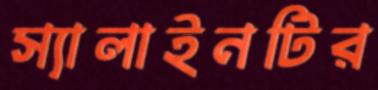
স্যালাইনটির